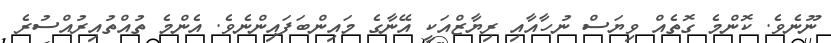
ނޫނެވެ. ކޮންމެ ގޮތެއް ވިޔަސް ނުހާއާއި ރިޔާޒްއަކީ އޭނާގެ މައިންބަފައިންނެވެ. އެންމެ ތުއްތުއިރުއްސުރެ